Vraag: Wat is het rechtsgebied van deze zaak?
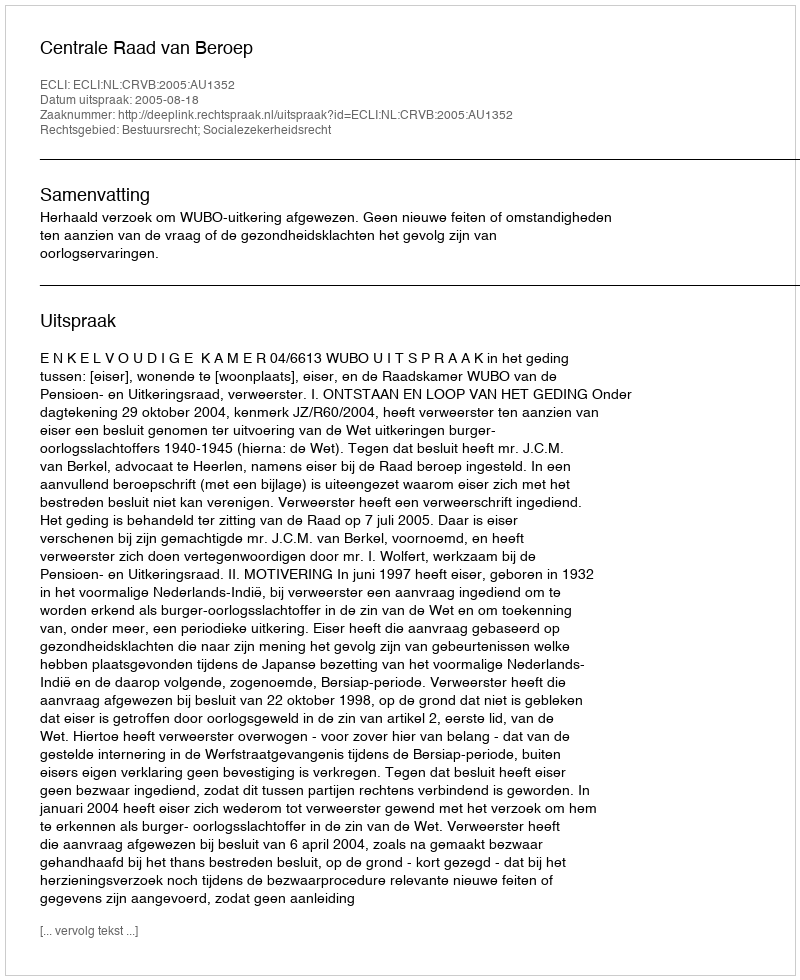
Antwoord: Bestuursrecht; Socialezekerheidsrecht